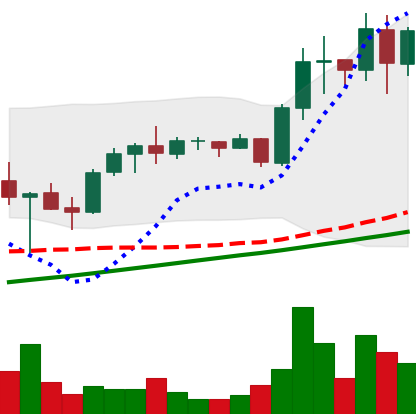
Ticker: ADA-USD
Chart end date: 2021-05-11
Forward return: 30.896%
Label: up_7plus